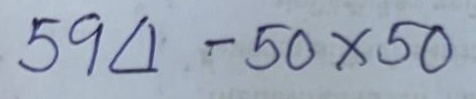
594 - 50 x 50